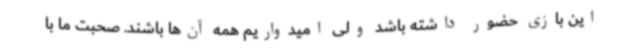
این بازی حضور داشته باشد ولی امیدواریم همه آن‌ها باشند. صحبت ما با